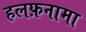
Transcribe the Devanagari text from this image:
हलफ़नामा